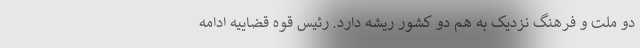
دو ملت و فرهنگ نزدیک به هم دو کشور ریشه دارد. رئیس قوه قضاییه ادامه